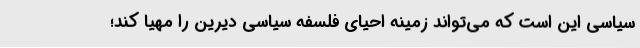
سیاسی این است که می‌تواند زمینه احیای فلسفه سیاسی دیرین را مهیا کند؛